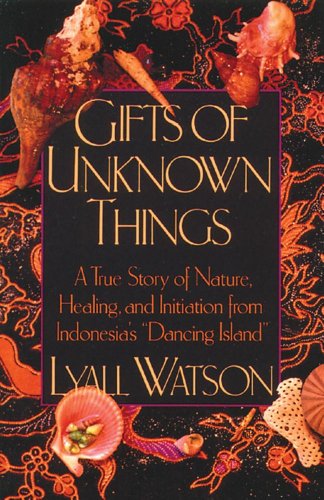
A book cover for Gifts of Unknown Things: A True Story of Nature, Healing, and Initiation from Indonesia's Dancing Island; Lyall Watson; Religion & Spirituality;